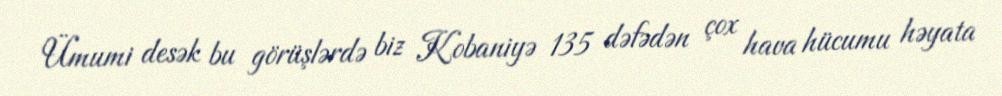
Ümumi desək bu görüşlərdə biz Kobaniyə 135 dəfədən çox hava hücumu həyata